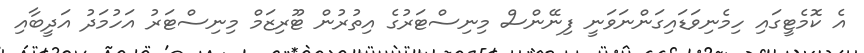
އެ ކޮމެޓީގައި ހިމެނިވަޑައިގަންނަވަނީ ފިނޭންސް މިނިސްޓަރުގެ އިތުރުން ޓޫރިޒަމް މިނިސްޓަރު އަހުމަދު އަދީބާއި